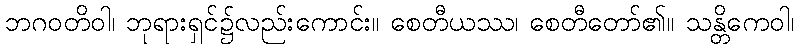
ဘဂဝတိဝါ၊ ဘုရားရှင်၌လည်းကောင်း။ စေတီယဿ၊ စေတီတော်၏။ သန္တိကေဝါ၊